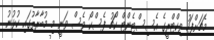
މެޗަށްފަހު ވިކްޓްރީގެ އެސިސްޓެންޓް ކޯޗު ފެސްކޯ ވެސް ވަނީ މި މުބާރާތުގައި ކުޅުނު